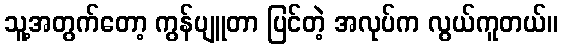
သူ့အတွက်တော့ ကွန်ပျူတာ ပြင်တဲ့ အလုပ်က လွယ်ကူတယ်။